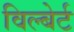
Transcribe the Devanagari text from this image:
विल्बेर्ट